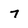
Character: 7